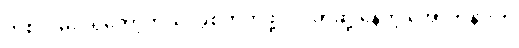
တစ်လမ်းပဲရှိတော့တယ်၊ ခွဲစိတ်ကုဖို့ပဲ၊ ပိတ်ဆို့ နေတဲ့ အောက်နားက